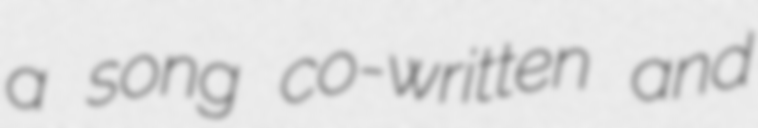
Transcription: a song co-written and